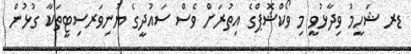
ޑރ ޝަހީމު ވިދާޅުވީ މި ވޯކްޝޮޕްގެ އިތުރަށް ވެސް ސައުދީގެ ޔުނިވަރސިޓީތަކާ ގުޅުން